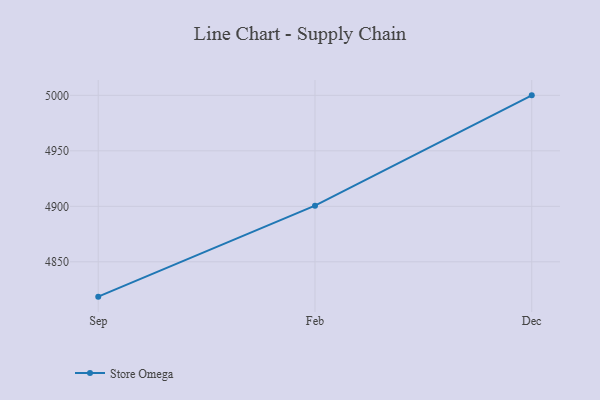
{"axis": {"x": "Month", "y": "Inventory Turnover"}, "legend": ["Store Omega"], "data": [{"x": "Sep", "y": 4818.6, "type": "Store Omega"}, {"x": "Feb", "y": 4900.6, "type": "Store Omega"}, {"x": "Dec", "y": 5000, "type": "Store Omega"}]}